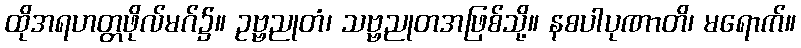
ထိုအရဟတ္တဖိုလ်မဂ်၌။ ဥဗ္ဗညုတံ၊ သဗ္ဗညုတအဖြစ်သို့။ နစပါပုဏာတိ၊ မရောက်။